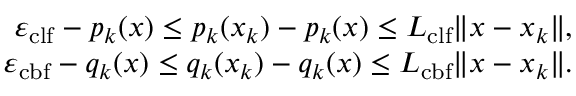
\begin{array} { r } { \begin{array} { r } { \varepsilon _ { \mathrm { c l f } } - p _ { k } ( x ) \leq p _ { k } ( x _ { k } ) - p _ { k } ( x ) \leq L _ { \mathrm { c l f } } \| x - x _ { k } \| , } \\ { \varepsilon _ { \mathrm { c b f } } - q _ { k } ( x ) \leq q _ { k } ( x _ { k } ) - q _ { k } ( x ) \leq L _ { \mathrm { c b f } } \| x - x _ { k } \| . } \end{array} } \end{array}